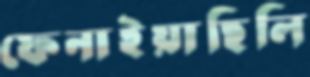
ফেনাইয়াছিলি